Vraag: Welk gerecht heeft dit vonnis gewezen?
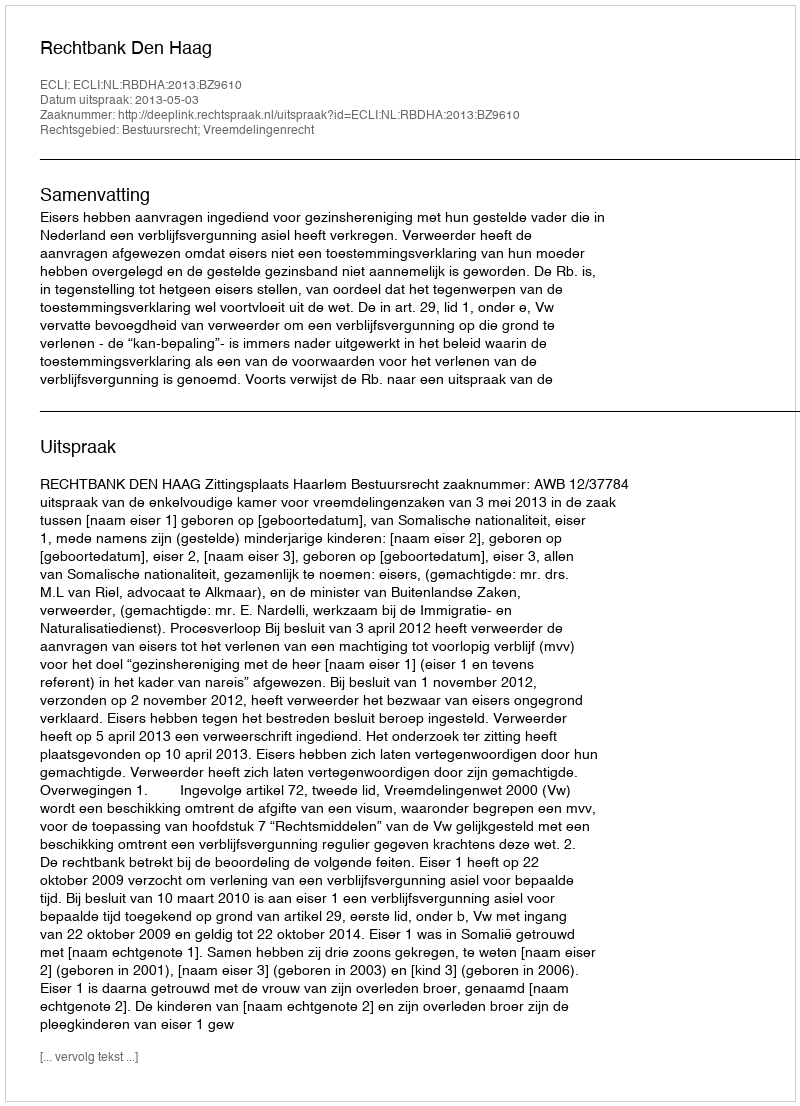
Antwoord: Rechtbank Den Haag